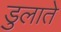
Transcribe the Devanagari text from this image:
डुलाते